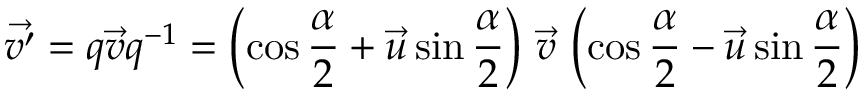
{ \vec { v ^ { \prime } } } = q { \vec { v } } q ^ { - 1 } = \left( \cos { \frac { \alpha } { 2 } } + { \vec { u } } \sin { \frac { \alpha } { 2 } } \right) \, { \vec { v } } \, \left( \cos { \frac { \alpha } { 2 } } - { \vec { u } } \sin { \frac { \alpha } { 2 } } \right)